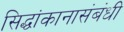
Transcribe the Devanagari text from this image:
सिद्धांकानासंबंधी